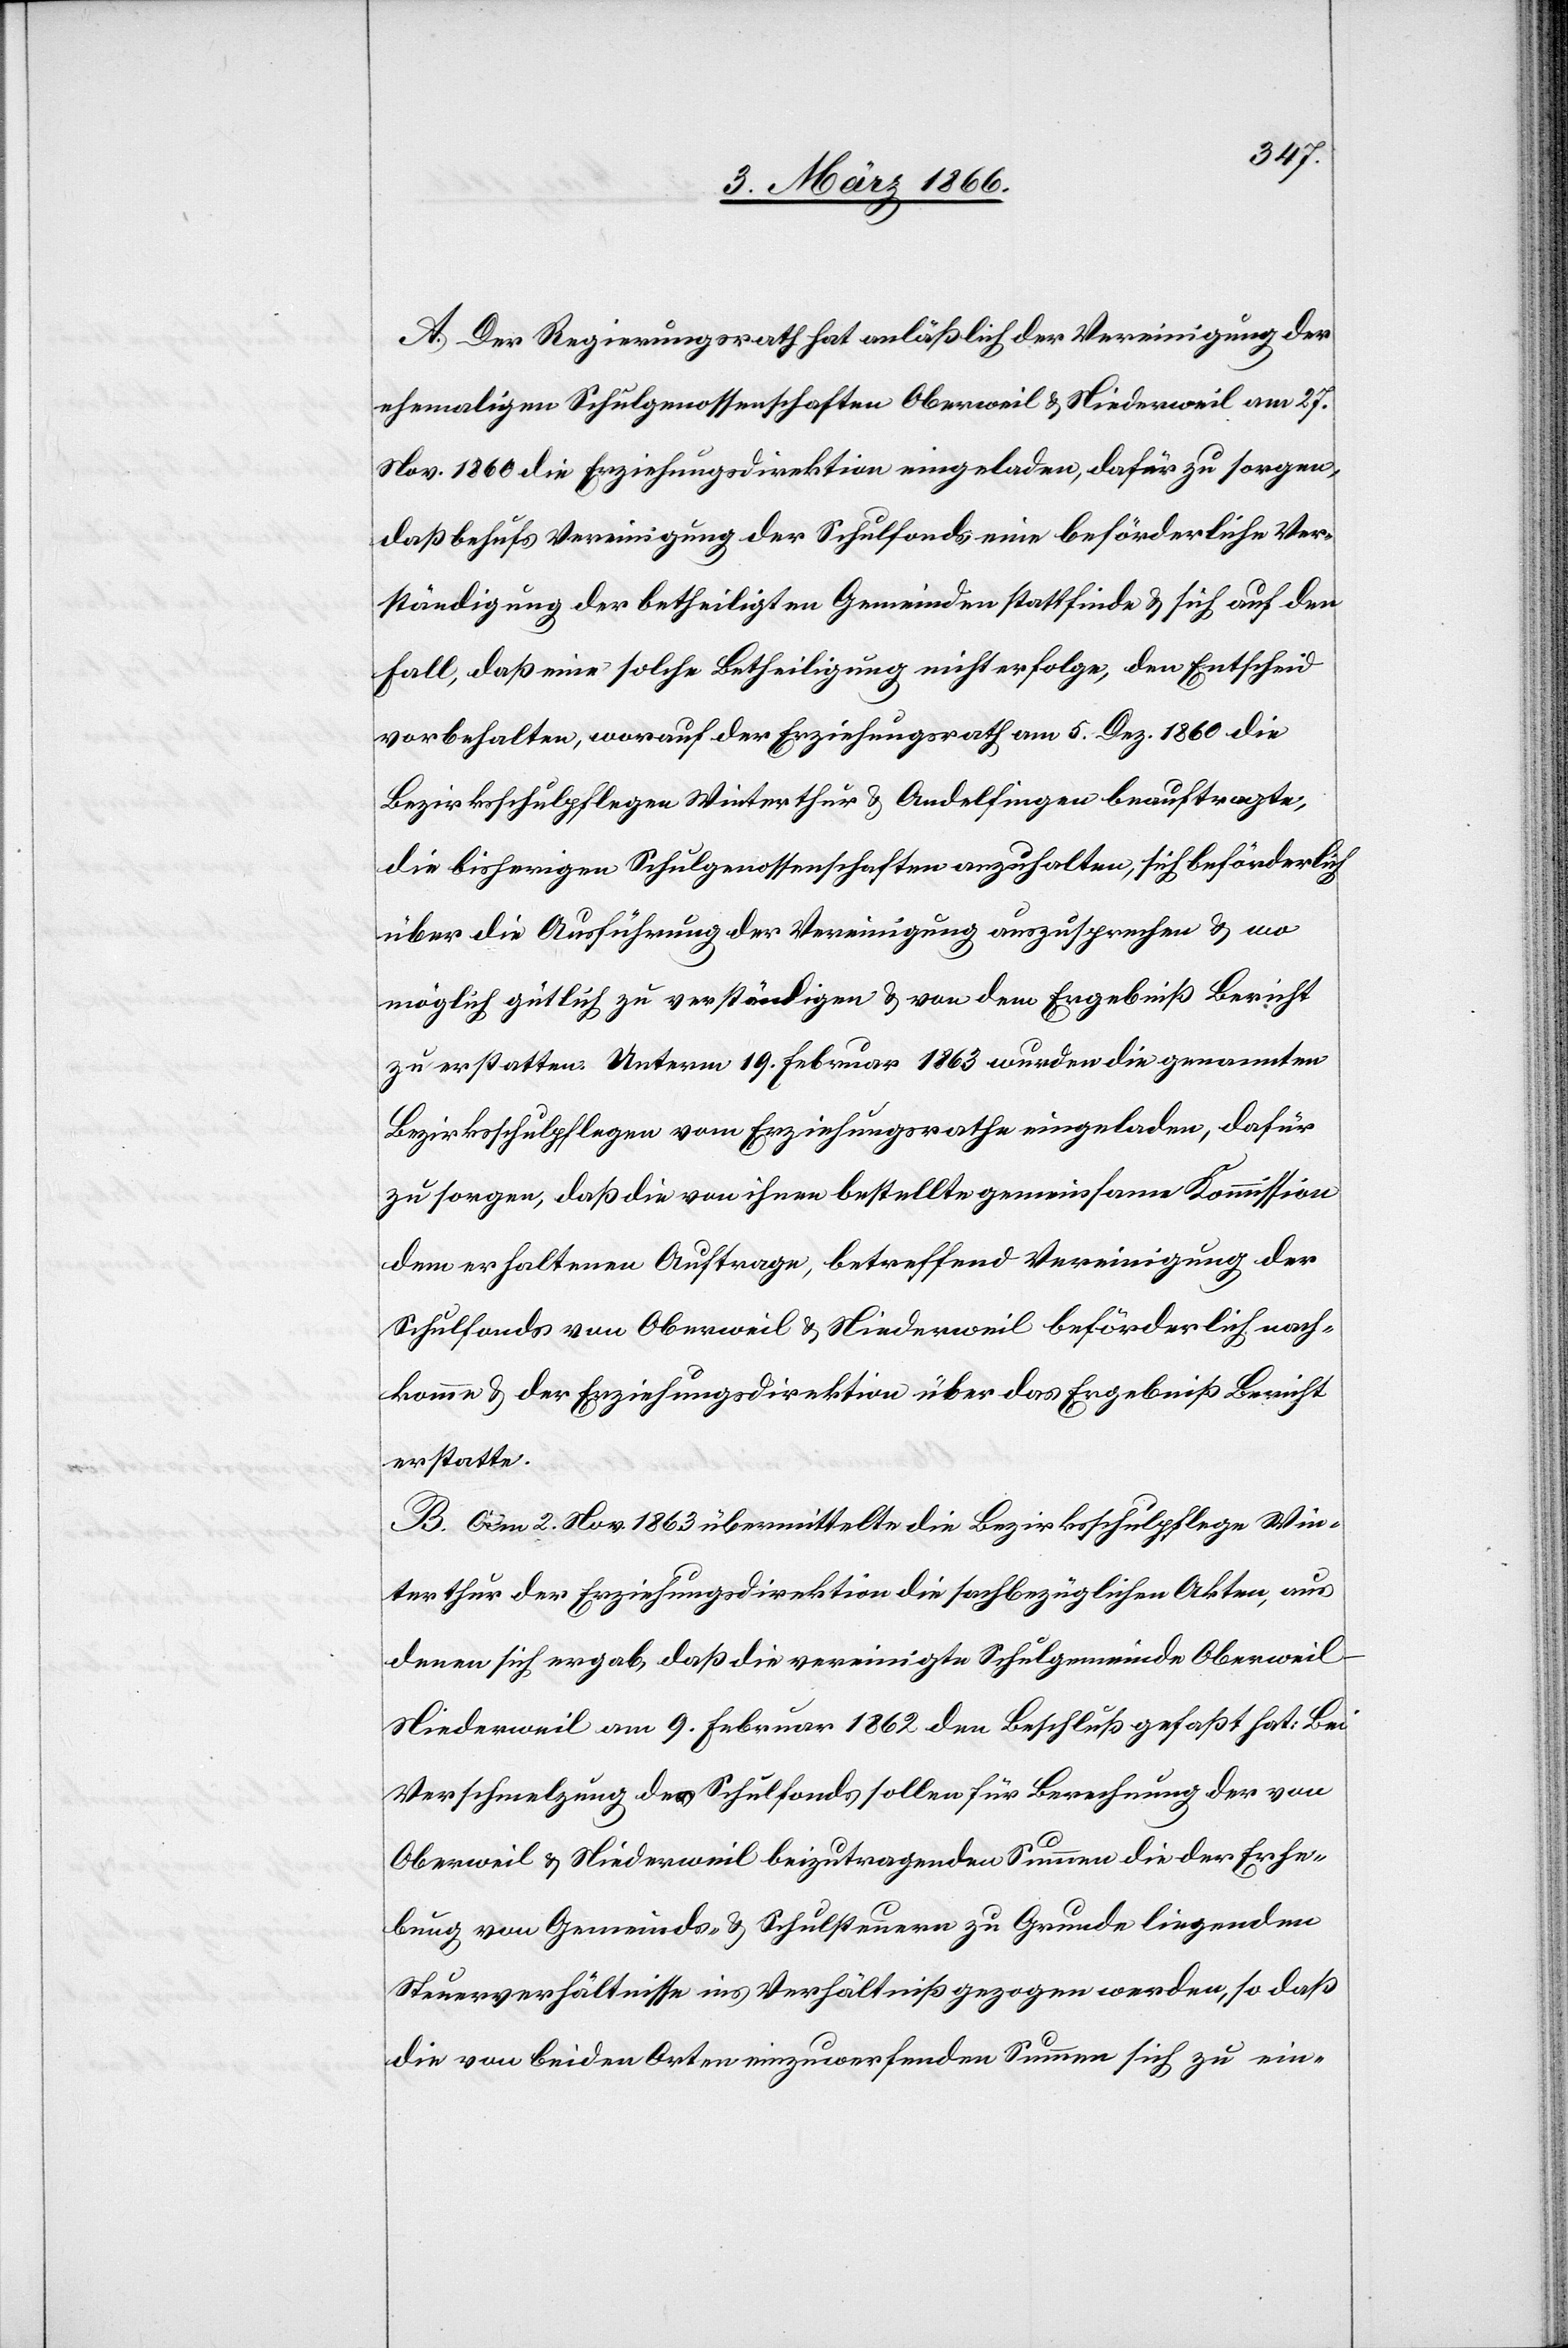
A. Der Regierungsrath hat anläßlich der Vereinigung der
ehemaligen Schulgenossenschaften Oberweil u. Niederweil am 27.
Nov. 1860 die Erziehungsdirektion eingeladen, dafür zu sorgen,
daß behufs Vereinigung der Schulfonds eine beförderliche Ver¬
ständigung der betheiligten Gemeinden stattfinde u. sich auf den
Fall, daß eine solche Betheiligung nicht erfolge, den Entscheid
vorbehalten, worauf der Erziehungsrath am 5. Dez. 1860 die
Bezirksschulpflege Winterthur u. Andelfingen beauftragte,
die bisherigen Schulgenossenschaften anzuhalten, sich beförderlich
über die Ausführung der Vereinigung auszusprechen u. wo
möglich gütlich zu verständigen u. von dem Ergebniß Bericht
zu erstatten. Unterm 19. Februar 1863 wurden die genannten
Bezirksschulpflegen vom Erziehungsrathe eingeladen, dafür
zu sorgen, daß die von ihnen bestellte gemeinsame Kommission
dem erhaltenen Auftrage, betreffend Vereinigung der
Schulfonds von Oberweil u. Niederweil beförderlich nach¬
komme u. der Erziehungsdirektion über das Ergebniß Bericht
erstatte.
B. Am 2. Nov. 1863 übermittelte die Bezirksschulpflege Win¬
terthur der Erziehungsdirektion die sachbezüglichen Akten, aus
denen sich ergab, daß die vereinigte Schulgemeinde Oberwei¬
l–Niederweil am 9. Februar 1862 den Beschluß gefaßt hat: Bei
Verschmelzung der Schulfonds sollen für Berechnung der von
Oberweil u. Niederweil beizutragenden Summen die der Erhe¬
bung von Gemeinds- u. Schulsteuern zu Grunde liegenden
Steuerverhältnisse ins Verhältniß gezogen werden, so daß
die von beiden Arten einzuwerfenden Summen sich zu ein-